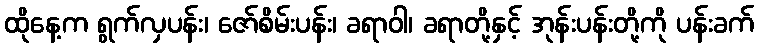
ထိုနေ့က ရွက်လှပန်း၊ ဇော်စိမ်းပန်း၊ ခရာဝါ၊ ခရာတို့နှင့် အုန်းပန်းတို့ကို ပန်းခက်